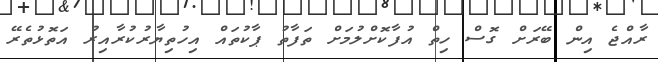
ރާއްޖެ އިން ބޭރަށް ގޮސް ހިތް އުފާކޮށްލުމަށް ތަފާތު ޕާކުތައް އިހުތިޔާރުކުރާއިރު އަތޮޅުތެރޭ